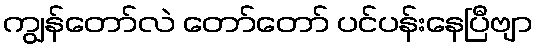
ကျွန်တော်လဲ တော်တော် ပင်ပန်းနေပြီဗျာ